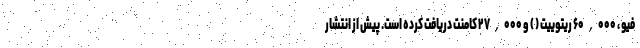
فیو ، ۶۰,۰۰۰ ریتوییت ( ) و ۲۷,۰۰۰ کامنت دریافت کرده است. پیش از انتشار